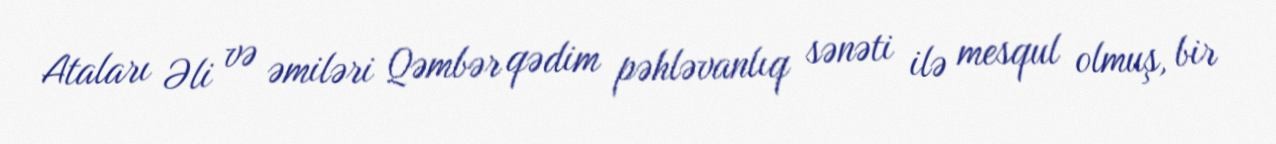
Ataları Əli və əmiləri Qəmbər qədim pəhləvanlıq sənəti ilə mesqul olmuş, bir